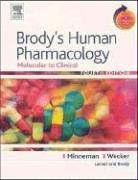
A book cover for Brody's Human Pharmacology: Molecular to Clinical With STUDENT CONSULT Online Access, 4e (Human Pharmacology (Brody)); Kenneth Minneman; Medical Books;